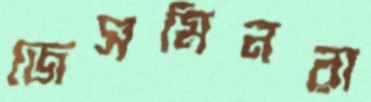
জেসমিনরা